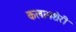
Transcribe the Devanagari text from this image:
कलामशेरी